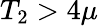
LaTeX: T_{2}>4\mu